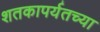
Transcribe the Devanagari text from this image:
शतकापर्यतच्या